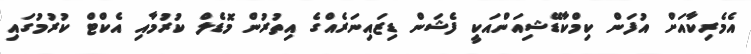
އެމެރިކާއަށް އުފަން ކިމްކާޑޭޝިއަންއަކީ ފެޝަން ޑިޒައިނަރެއްގެ އިތުރުން މޮޑެލް ކުރުމާއި އެކްޓް ކުރުމުގައި